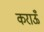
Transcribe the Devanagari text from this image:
कराऊँ